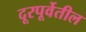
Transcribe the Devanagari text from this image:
दूरपूर्वेतील